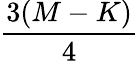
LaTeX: \frac{3(M-K)}{4}